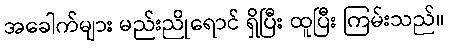
အခေါက်များ မည်းညိုရောင် ရှိပြီး ထူပြီး ကြမ်းသည်။